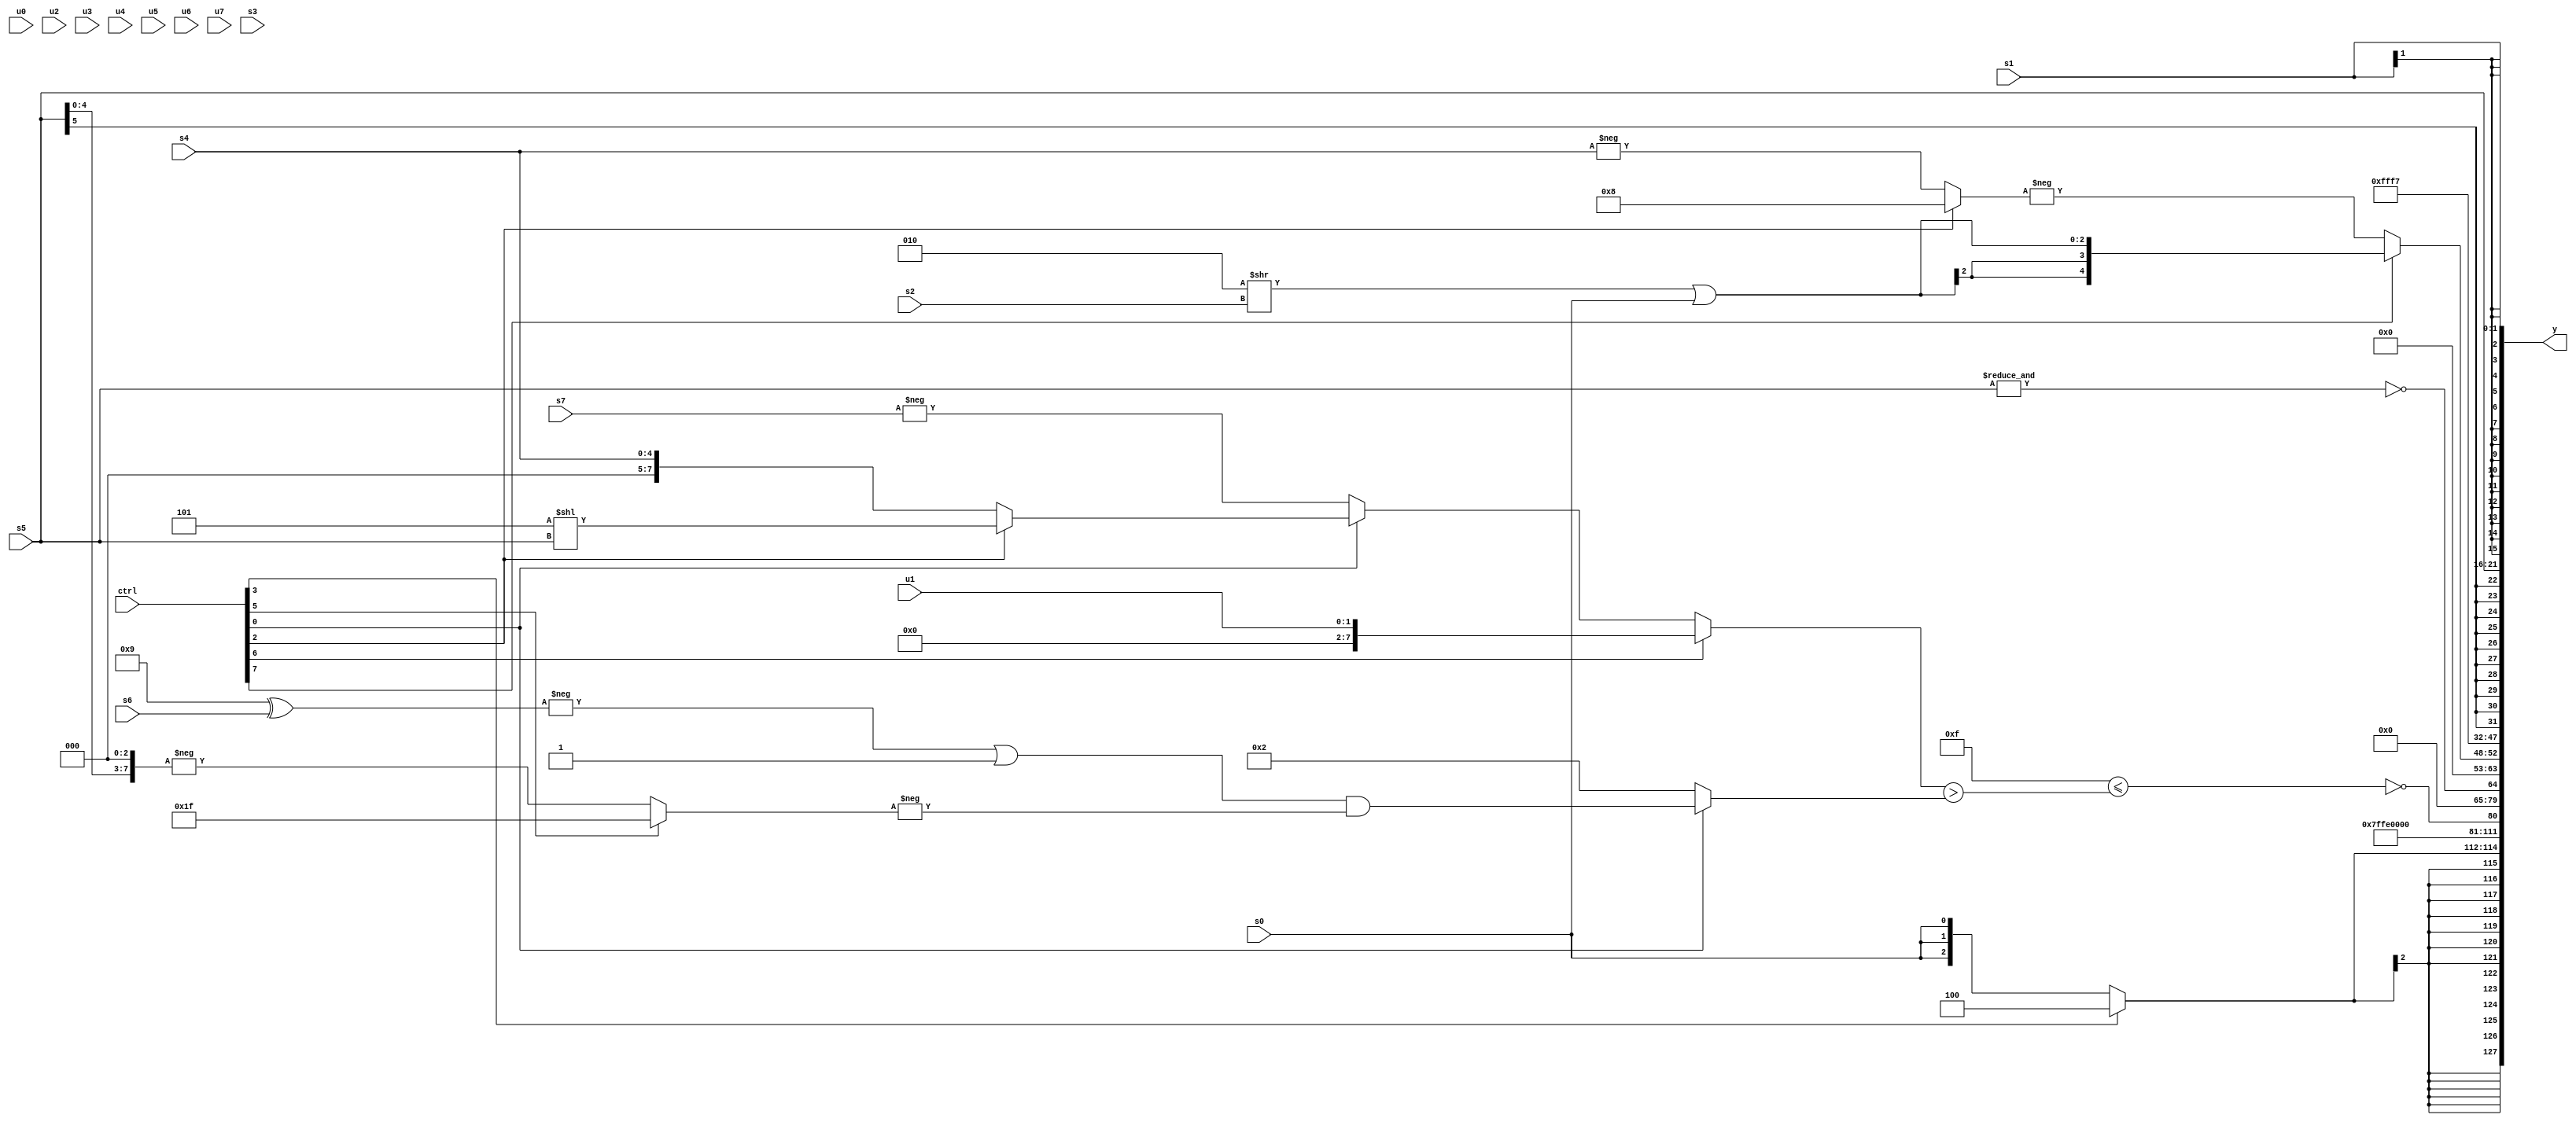
module wideexpr_00599(ctrl, u0, u1, u2, u3, u4, u5, u6, u7, s0, s1, s2, s3, s4, s5, s6, s7, y);
  input [7:0] ctrl;
  input [0:0] u0;
  input [1:0] u1;
  input [2:0] u2;
  input [3:0] u3;
  input [4:0] u4;
  input [5:0] u5;
  input [6:0] u6;
  input [7:0] u7;
  input signed [0:0] s0;
  input signed [1:0] s1;
  input signed [2:0] s2;
  input signed [3:0] s3;
  input signed [4:0] s4;
  input signed [5:0] s5;
  input signed [6:0] s6;
  input signed [7:0] s7;
  output [127:0] y;
  wire [15:0] y0;
  wire [15:0] y1;
  wire [15:0] y2;
  wire [15:0] y3;
  wire [15:0] y4;
  wire [15:0] y5;
  wire [15:0] y6;
  wire [15:0] y7;
  assign y = {y0,y1,y2,y3,y4,y5,y6,y7};
  assign y0 = (ctrl[3]?3'sb100:s0);
  assign y1 = 4'sb1100;
  assign y2 = (1'sb1)^((4'b1111)<=(((ctrl[6]?$signed(u1):(ctrl[0]?(ctrl[2]?(-(-(5'sb00101)))<<($signed((s5)>>(1'sb0))):s4):-({s7}))))>((ctrl[0]?(+((-((4'sb1001)^(s6)))|(1'sb1)))&(-((ctrl[5]?5'sb11111:-((s5)<<(5'sb00011))))):$signed(+(3'sb010))))));
  assign y3 = ~&($signed(s5));
  assign y4 = {1{(ctrl[7]?($signed((3'sb010)>>(s2)))|(s0):-((ctrl[2]?-(5'sb11000):-(s4))))}};
  assign y5 = 5'sb10111;
  assign y6 = s5;
  assign y7 = s1;
endmodule